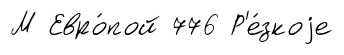
М Евро́пой 776 Р'е́зкоjе